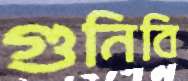
গুনিবি